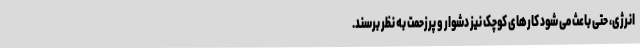
انرژی، حتی باعث می شود کارهای کوچک نیز دشوار و پرزحمت به نظر برسند.